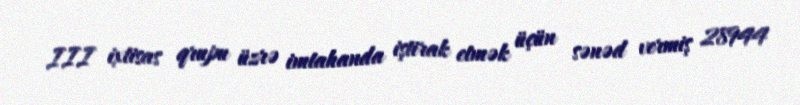
III ixtisas qrupu üzrə imtahanda iştirak etmək üçün sənəd vermiş 28944